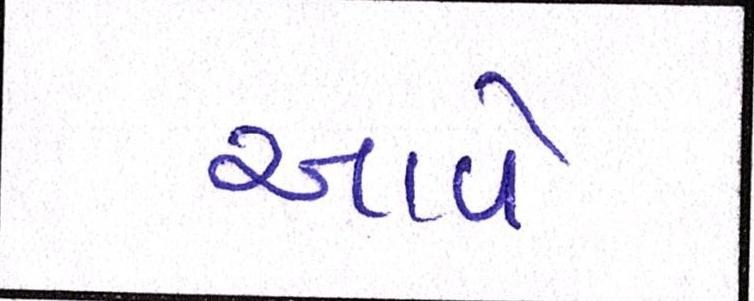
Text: આવે